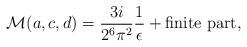
LaTeX: \begin{align*}{\cal M} (a,c,d) = \frac{3 i}{2^6 \pi^2} \frac{1}{\epsilon} + \mbox{finite part},\end{align*}